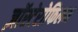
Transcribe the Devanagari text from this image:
ज़ॉस्टेरोफिलम